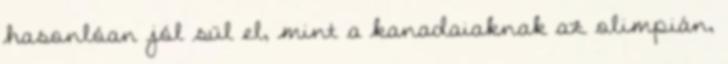
hasonlóan jól sül el, mint a kanadaiaknak az olimpián,